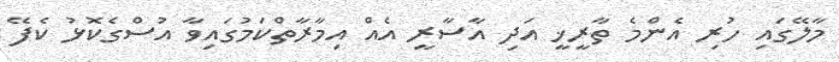
މާލޭގައި ހުރި އެންމެ ތާރީޚީ އަދި އާސާރީ އެއް އިމާރާތްކަމުގައިވާ އުސްގެކޮޅު ކެފޭ